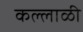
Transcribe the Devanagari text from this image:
कल्लाळी